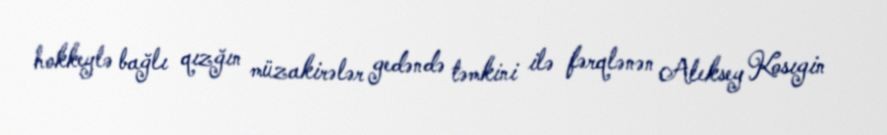
hokkeylə bağlı qızğın müzakirələr gedəndə təmkini ilə fərqlənən Aleksey Kosıgin